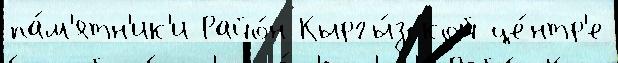
па́м'ятн'ик'и Райо́н Кыргы́зской це́нтр'е